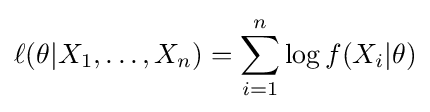
\ell (\theta |X_{1},\ldots ,X_{n})=\sum _{i=1}^{n}\log f(X_{i}|\theta )